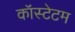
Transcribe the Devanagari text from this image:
कॉस्टेटम